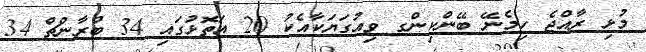
މުޅި ރާއްޖެ ހިމެނޭ ބޭންކިންގ ވިއުގަޔަކާއެކު 20 އަތޮޅުގައި 34 ބްރާންޗް 34